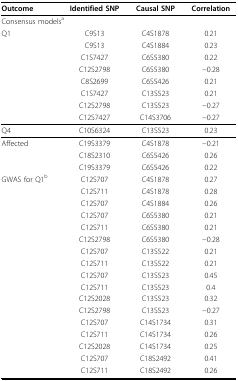
<table><thead><tr><td><b>Outcome</b></td><td><b>Identified SNP</b></td><td><b>Causal SNP</b></td><td><b>Correlation</b></td></tr><tr><td colspan="4"><b>Consensus models<sup>a</sup></b></td></tr><tr><td><b>Q1</b></td><td><b>C9S13</b></td><td><b>C4S1878</b></td><td><b>0.21</b></td></tr><tr><td></td><td><b>C9S13</b></td><td><b>C4S1884</b></td><td><b>0.23</b></td></tr><tr><td></td><td><b>C1S7427</b></td><td><b>C6S5380</b></td><td><b>0.22</b></td></tr><tr><td></td><td><b>C12S2798</b></td><td><b>C6S5380</b></td><td><b>−0.28</b></td></tr><tr><td></td><td><b>C8S2699</b></td><td><b>C6S5426</b></td><td><b>0.21</b></td></tr><tr><td></td><td><b>C1S7427</b></td><td><b>C13S523</b></td><td><b>0.21</b></td></tr><tr><td></td><td><b>C12S2798</b></td><td><b>C13S523</b></td><td><b>−0.27</b></td></tr><tr><td></td><td><b>C12S7427</b></td><td><b>C14S3706</b></td><td><b>−0.27</b></td></tr></thead><tbody><tr><td>Q4</td><td>C10S6324</td><td>C13S523</td><td>0.23</td></tr><tr><td>Affected</td><td>C19S3379</td><td>C4S1878</td><td>−0.21</td></tr><tr><td></td><td>C18S2310</td><td>C6S5426</td><td>0.26</td></tr><tr><td></td><td>C19S3379</td><td>C6S5426</td><td>0.22</td></tr><tr><td>GWAS for Q1<sup>b</sup></td><td>C12S707</td><td>C4S1878</td><td>0.27</td></tr><tr><td></td><td>C12S711</td><td>C4S1878</td><td>0.28</td></tr><tr><td></td><td>C12S707</td><td>C4S1884</td><td>0.26</td></tr><tr><td></td><td>C12S707</td><td>C6S5380</td><td>0.21</td></tr><tr><td></td><td>C12S711</td><td>C6S5380</td><td>0.21</td></tr><tr><td></td><td>C12S2798</td><td>C6S5380</td><td>−0.28</td></tr><tr><td></td><td>C12S707</td><td>C13S522</td><td>0.21</td></tr><tr><td></td><td>C12S711</td><td>C13S522</td><td>0.21</td></tr><tr><td></td><td>C12S707</td><td>C13S523</td><td>0.45</td></tr><tr><td></td><td>C12S711</td><td>C13S523</td><td>0.4</td></tr><tr><td></td><td>C12S2028</td><td>C13S523</td><td>0.32</td></tr><tr><td></td><td>C12S2798</td><td>C13S523</td><td>−0.27</td></tr><tr><td></td><td>C12S707</td><td>C14S1734</td><td>0.31</td></tr><tr><td></td><td>C12S711</td><td>C14S1734</td><td>0.26</td></tr><tr><td></td><td>C12S2028</td><td>C14S1734</td><td>0.25</td></tr><tr><td></td><td>C12S707</td><td>C18S2492</td><td>0.41</td></tr><tr><td></td><td>C12S711</td><td>C18S2492</td><td>0.26</td></tr></tbody></table>